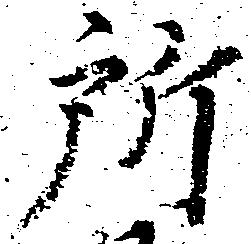
所